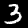
Digit: 3